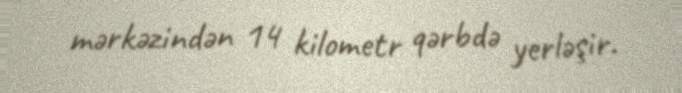
mərkəzindən 14 kilometr qərbdə yerləşir.